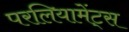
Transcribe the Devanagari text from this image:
परलियामेंट्स